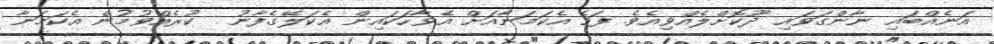
އަނެއްބައި ނާންގަވައި ދޫކޮށްލެއްވިއެވެ. ފަހެ އެކަމަނާއަށް އެވާހަކައިން އެކަލޭގެފާނު  ކުރެއްވުމުން އެކަމަނާ